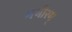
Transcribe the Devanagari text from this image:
गभीरम्